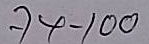
74 - 100